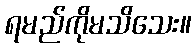
ရမည်ကိုမသိသေး။